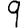
Digit: 9